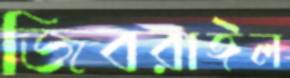
জিবরাঈল